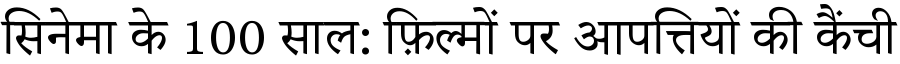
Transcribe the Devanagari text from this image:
सिनेमा के 100 साल: फ़िल्मों पर आपत्तियों की कैंची